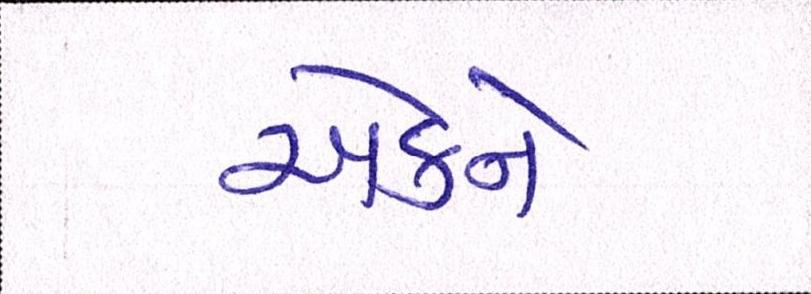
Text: એકને